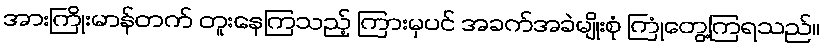
အားကြိုးမာန်တက် တူးနေကြသည့် ကြားမှပင် အခက်အခဲမျိုးစုံ ကြုံတွေ့ကြရသည်။